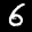
Label: 6